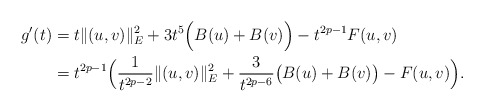
\begin{align*}g'(t)&=t\|(u,v)\|_{E}^{2}+3t^{5}\Big(B(u)+B(v)\Big)-t^{2p-1}F(u,v)\\&=t^{2p-1}\Big(\frac{1}{t^{2p-2}}\|(u,v)\|_{E}^{2}+\frac{3}{t^{2p-6}}\big(B(u)+B(v)\big)-F(u,v)\Big).\end{align*}